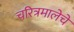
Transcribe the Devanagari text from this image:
चरित्रमालेचे